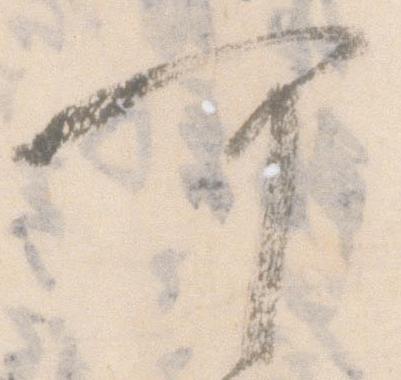
可